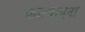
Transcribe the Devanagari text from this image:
कात्यायनों